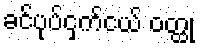
ခင်ပုပ်ငှက်ငယ် ဝတ္ထု